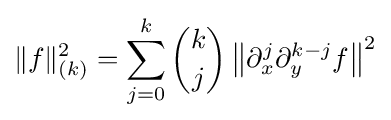
\|f\|_{(k)}^{2}=\sum _{j=0}^{k}{k \choose j}\left\|\partial _{x}^{j}\partial _{y}^{k-j}f\right\|^{2}